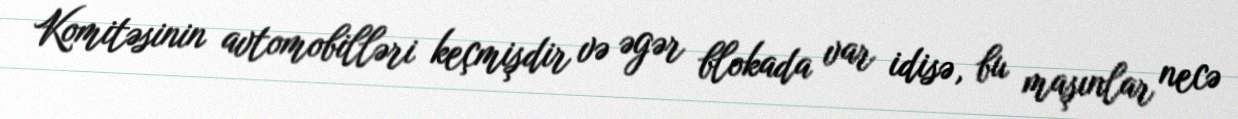
Komitəsinin avtomobilləri keçmişdir və əgər blokada var idisə, bu maşınlar necə